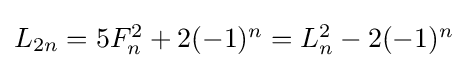
\textstyle L_{2n}=5F_{n}^{2}+2(-1)^{n}=L_{n}^{2}-2(-1)^{n}